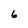
Character: 6